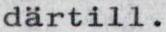
därtill.